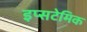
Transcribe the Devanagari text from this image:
इप्सटेमिक